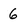
Character: 6